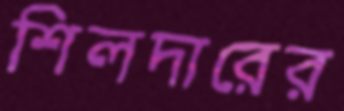
শিলদারের